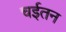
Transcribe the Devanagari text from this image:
चईतन